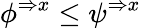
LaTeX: \phi^{\Rightarrow x}\leq\psi^{\Rightarrow x}